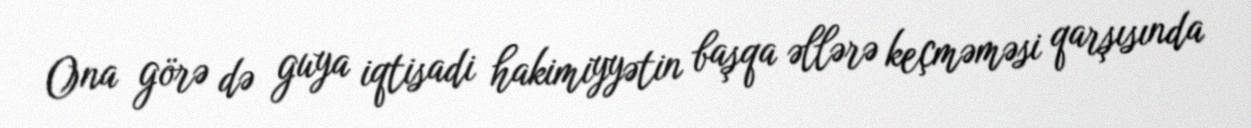
Ona görə də guya iqtisadi hakimiyyətin başqa əllərə keçməməsi qarşısında